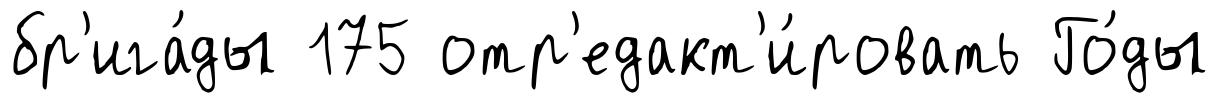
бр'ига́ды 175 отр'едакт'и́ровать Го́ды